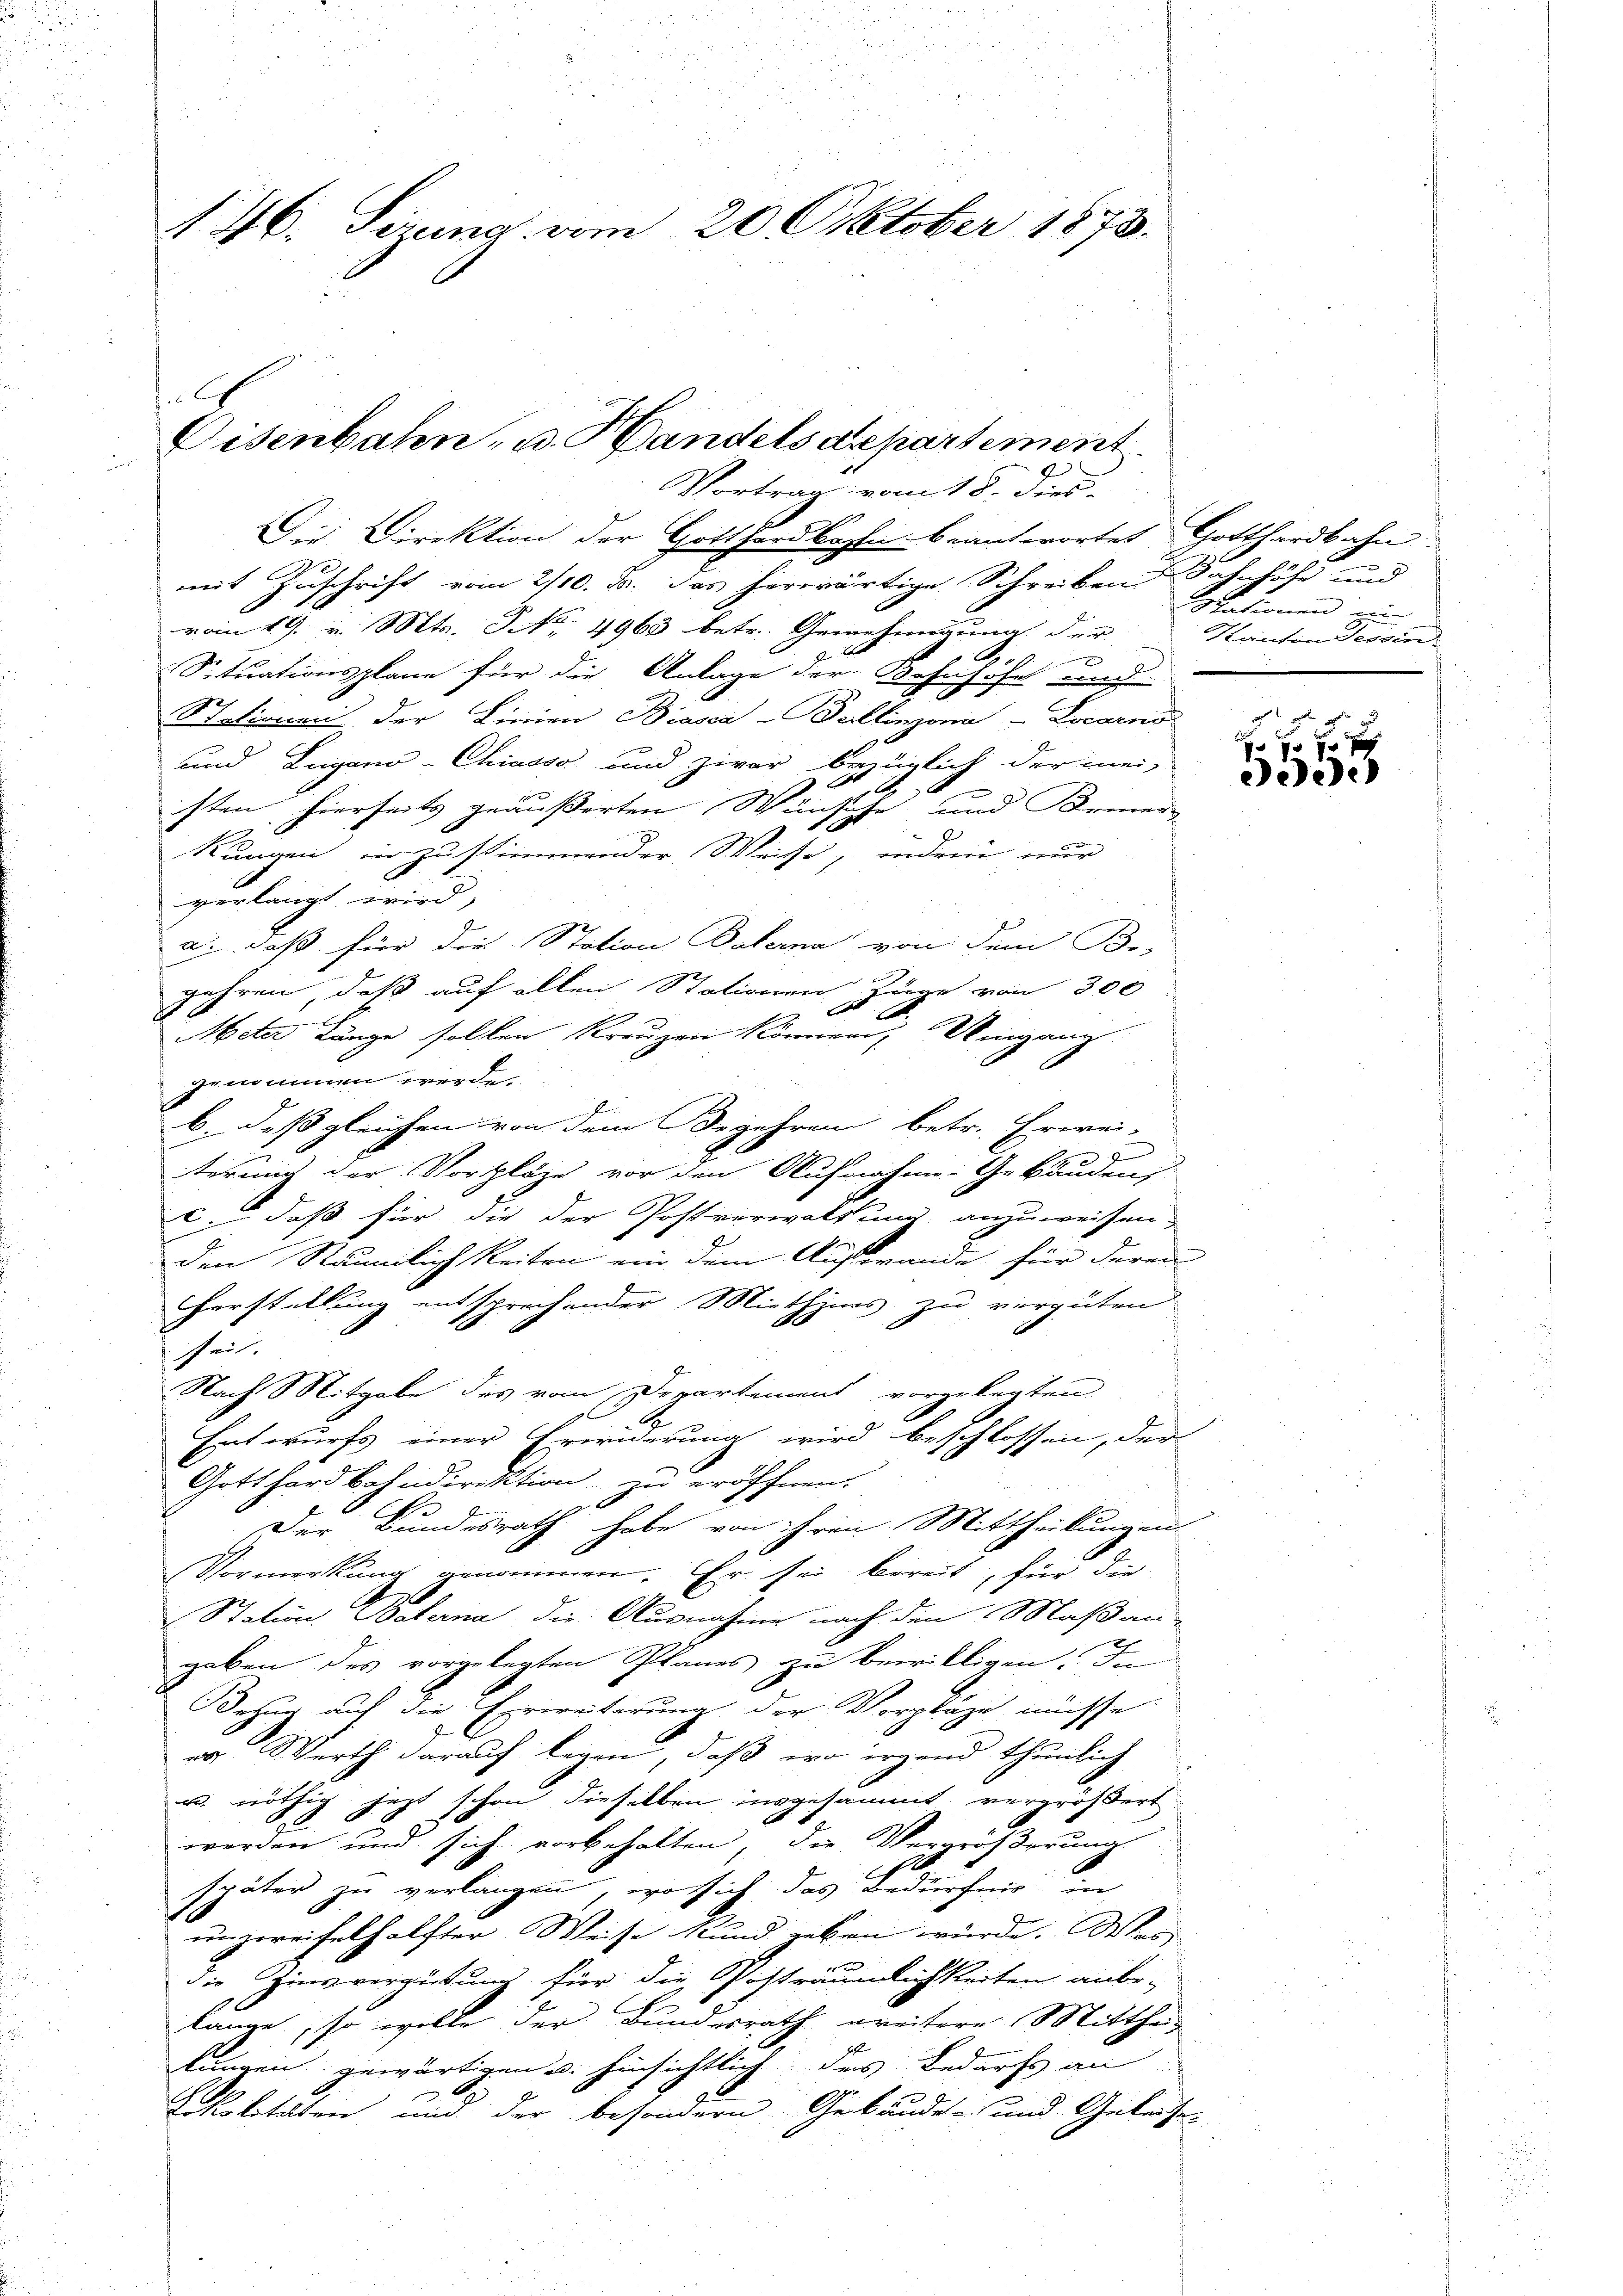
46. Serena vom 20. Oktober 1873.

C
Eisenbahn, u. Handelsdepartement
Vortrag vom 18. dies-

Der Direktion der Gotthardbahn beantwortet Gotthardbahn
mit Zuschrift vom 2/10. d. das herwärtige Schreiben Bahnhöhe und
vom 19. v. Mts. No. 4963 betr. Genehmigung der
n
.
Situationsplane für die Anlage der Bahnhofe und
Stationen der Linien Biasca u Seellinzona - Locarno
und Lugano-Chiasso und zwar bezüglich der mei-
isten hierseits geäußerten Wünsche und Bemer-
Kungen in zu stimmender Weise, indem nur
verlangt wird,
d., daß für die Station Balerna von dem Be-
jahren, daß auf allen Stationen Zuge von 300
Adter Länge sollen Kreuzen können, Uingang
gemamen werde.
b. daß gleichen von dem Begehren betr. Erwei-
terung der Vorschläge vor den Aufnahme-Gebäuden
c. daß für die der Postverwaltung anzuweisen.
den Räumlichkeiten ein dem Aufwande für deren
herstellung entsprechender Miethines zu vergüten
hheit.
Nach Mitgabe des vom Departement vorgelegten
Entwurfs einer Erwiderung wird beschlossen, der
Gotthardbahndirektion zu eröffnen.
g.2
Der Bundesrath habe von ihren Mittheilungen
Vormerkung genommen. Er sei bereit, für die
Station Baterna die Ausnahme nach den Maßan-
gaben des vorgelegten Planes zu bewilligen. In
Bezug auf die Erweiterung der Vorpläge müsse
er Werth darauf legen, daß wo irgend thunlich
u. nöthig jetzt schon dieselben insgesammt, vergrößert
werden und sich vorbehalten, die Vergrößerung
später zu verlangen, wo sich das Bedürfnis in
ungereifelhälfter Weise kund geben würde. Was
die Zinsvergütung für die Posträumlichkeiten anbe-
lange, so wolle der Bundesrath weitere Mittheil
lungen gewärtigen u. hinsichtlich des Bedarfs an
Rokitalten und der besondern Gebäude- und Geleises

Grationen ein
Kanton Tessin.

0f xx
eede